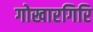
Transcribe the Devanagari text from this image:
गोखारगिरि